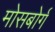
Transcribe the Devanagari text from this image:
मोसबोर्ग